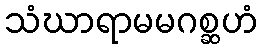
သံဃာရာမမဂစ္ဆဟံ